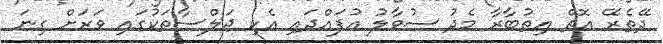
ދޭތެރޭ އޮތް އިތުބާރާ މެދު ސުވާލު އުފައްދައި އެކި ޖަލްސާތަކުގައި ވަރަށް ގިނަ